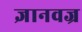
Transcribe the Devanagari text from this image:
ज्ञानवज्र